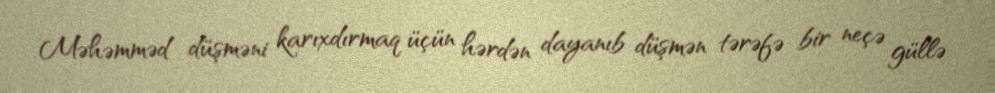
Məhəmməd düşməni karıxdırmaq üçün hərdən dayanıb düşmən tərəfə bir neçə güllə